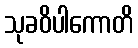
သုခဝိပါကောတိ